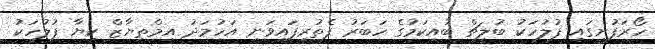
ހޯރަފުށީގައި ފުލުހަކު ބުލީޗް ބުއިކަމުގެ ހަބަރު ފެތުރިފައިވަނީ އަހުމަދު އިމްތިޔާޒް ކިޔާ ފުލުހަކު